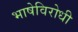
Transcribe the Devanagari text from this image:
भाषेविरोधी